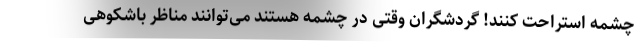
چشمه استراحت کنند! گردشگران وقتی در چشمه هستند می‌توانند مناظر باشکوهی